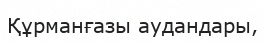
Құрманғазы аудандары,